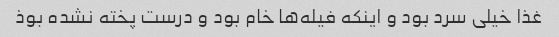
غذا خیلی سرد بود و اینکه فیله‌ها خام بود و درست پخته نشده بوذ